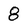
Character: 8